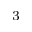
^ 3